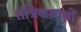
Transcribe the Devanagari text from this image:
तंत्रिकापथों